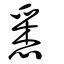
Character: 悉